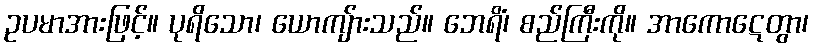
ဥပမာအားဖြင့်။ ပုရိသော၊ ယောကျ်ားသည်။ ဘေရိံ၊ စည်ကြီးကို။ အာကောဋေတွာ၊